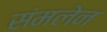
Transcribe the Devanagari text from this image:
संमलेन